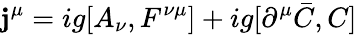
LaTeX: \mathbf{j}^{\mu}=ig[A_{\nu},F^{\nu\mu}]+ig[\partial^{\mu}\bar{{C}},C]